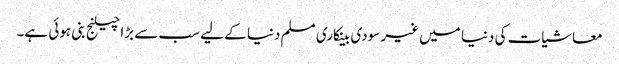
معاشیات کی دنیا میں غیر سودی بینکاری مسلم دنیا کے لیے سب سے بڑا چیلنج بنی ہوئی ہے۔